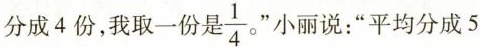
分成4份，我取一份是\frac{1}{4}。" 小丽说：”平均分成5